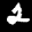
Label: 2